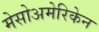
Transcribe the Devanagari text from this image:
मेसोअमेरिकेन